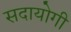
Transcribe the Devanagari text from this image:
सदायोगी